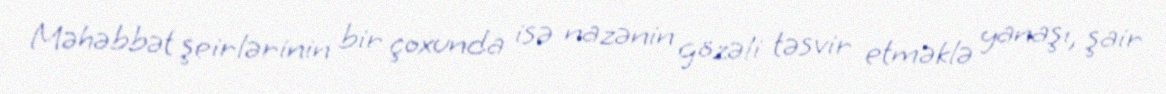
Məhəbbət şeirlərinin bir çoxunda isə nazənin gözəli təsvir etməklə yanaşı, şair